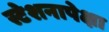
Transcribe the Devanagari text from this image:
स्टेशनापेक्षा